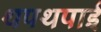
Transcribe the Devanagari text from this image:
थपथपाई